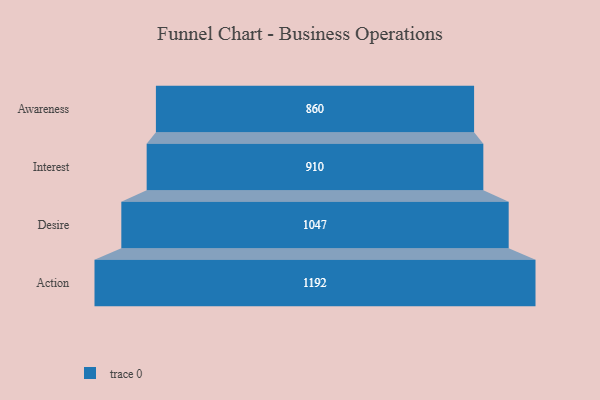
{"axis": {"x": "Stage", "y": "Value"}, "legend": [""], "data": [{"x": "Awareness", "y": 860.0, "type": ""}, {"x": "Interest", "y": 910.0, "type": ""}, {"x": "Desire", "y": 1047.0, "type": ""}, {"x": "Action", "y": 1192.0, "type": ""}]}